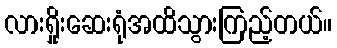
လားရှိုးဆေးရုံအထိသွားကြည့်တယ်။